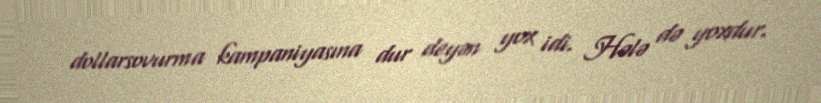
dollarsovurma kampaniyasına dur deyən yox idi. Hələ də yoxdur.